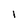
Character: l